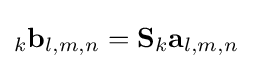
_{k}\mathbf {b} _{l,m,n}=\mathbf {S} _{k}\mathbf {a} _{l,m,n}